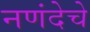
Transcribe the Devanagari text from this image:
नणंदेचे